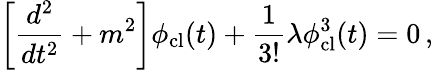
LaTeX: \left[{\frac{d^{2}}{dt^{2}}}+m^{2}\right]\phi_{\mathrm{cl}}(t)+{\frac{1}{3!}}\lambda\phi_{\mathrm{cl}}^{3}(t)=0\, ,